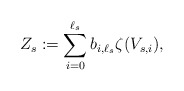
\begin{align*}Z_s := \sum_{i = 0}^{\ell_s} b_{i,\ell_s} \zeta(V_{s,i}),\end{align*}